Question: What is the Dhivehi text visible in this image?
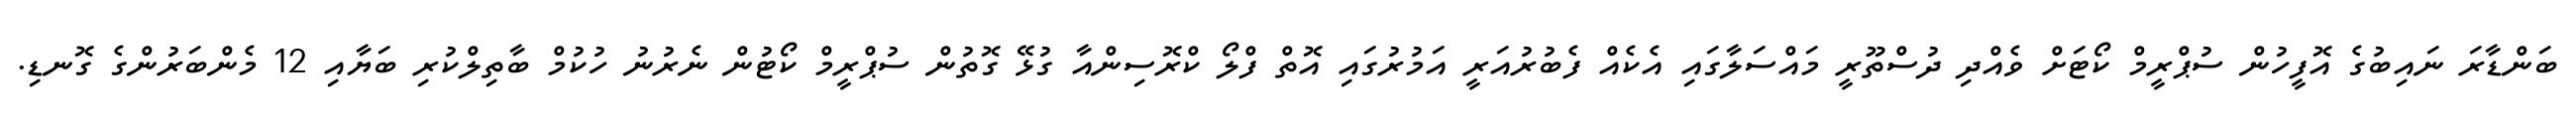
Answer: ބަންޑާރަ ނައިބުގެ އޮފީހުން ސުޕްރީމް ކޯޓަށް ވެއްދި ދުސްތޫރީ މައްސަލާގައި އެކެއް ފެބުރުއަރީ އަމުރުގައި އޮތް ފްލޯ ކްރޮސިންއާ ގުޅޭ ގޮތުން ސުޕްރީމް ކޯޓުން ނެރުނު ހުކުމް ބާތިލްކުރި ބަޔާއި 12 މެންބަރުންގެ ގޮނޑި.